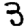
Digit: 3